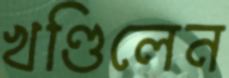
খণ্ডিলেন